Indian journal of veterinary science and animal husbandry - Volume 3,
Year: 1933
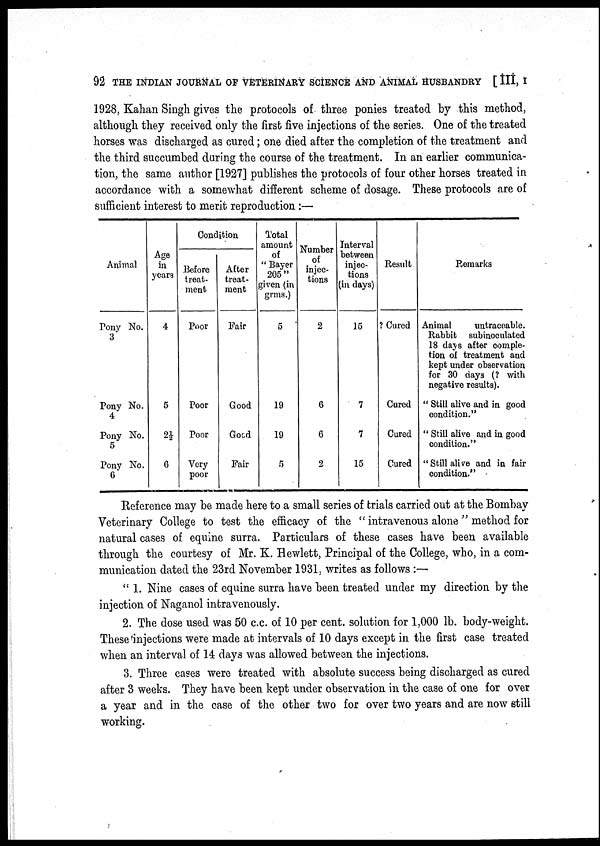
92 THE INDIAN JOURNAL OF VETERINARY SCIENCE AND ANIMAL HUSBANDRY [ III, I
1928, Kahan Singh gives the protocols of three ponies treated by this method,
although they received only the first five injections of the series. One of the treated
horses was discharged as cured; one died after the completion of the treatment and
the third succumbed during the course of the treatment. In an earlier communica-
tion, the same author [1927] publishes the protocols of four other horses treated in
accordance with a somewhat different scheme of dosage. These protocols are of
sufficient interest to merit reproduction :—
Animal
Pony No.
3
Pony No.
4
Pony No.
5
Pony No.
6
Age
in
years
4
5
2½
6
Condition
Before
treat-
ment
Poor
Poor
Poor
Very
poor
After
treat-
ment
Fair
Good
Good
Fair
Total
amount
of
" Bayer
205"
given (in
grms.)
5
19
19
5
Number
of
injec-
tions
2
6
6
2
Interval
between
injec-
tions
(in days)
15
7
7
15
Result
? Cured
Cured
Cured
Cured
Remarks
Animal
untraceable.
Rabbit
subinoculated
18 days after comple-
tion of treatment and
kept under observation
for 30 days (? with
negative results).
" Still alive and in good
condition."
" Still alive and in good
condition."
"Still alive and in fair
condition."
Reference may be made here to a small series of trials carried out at the Bombay
Veterinary College to test the efficacy of the " intravenous alone " method for
natural cases of equine surra. Particulars of these cases have been available
through the courtesy of Mr. K. Hewlett, Principal of the College, who, in a com-
munication dated the 23rd November 1931, writes as follows :—
" 1. Nine cases of equine surra have been treated under my direction by the
injection of Naganol intravenously.
2. The dose used was 50 c.c. of 10 per cent. solution for 1,000 lb. body-weight.
These injections were made at intervals of 10 days except in the first case treated
when an interval of 14 days was allowed between the injections.
3. Three cases were treated with absolute success being discharged as cured
after 3 weeks. They have been kept under observation in the case of one for over
a year and in the case of the other two for over two years and are now still
working.